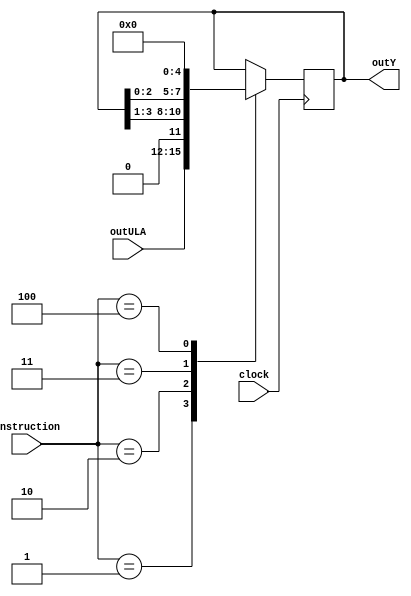
module registerY(clock, instruction, outULA, outY);

input wire clock;
input wire [2:0] instruction;
input wire [3:0] outULA;
output reg [3:0] outY;

parameter HOLD = 3'b000;
parameter LOAD = 3'b001;
parameter SHIFTR = 3'b010;
parameter SHIFTL = 3'b011;
parameter RESET = 3'b100;

always @(posedge clock)begin
	case(instruction)
		HOLD:
			outY <= outY;
		LOAD:
			outY <= outULA;
		SHIFTR:
			outY <= outY >> 1;
		SHIFTL:
			outY <= outY << 1;
		RESET:
			outY <= 4'b0000;
	endcase
end
endmodule